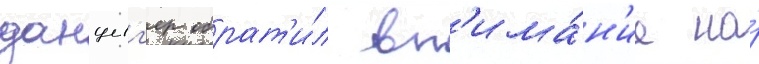
данциг'ер обрат'и́л вн'има́н'ие на́